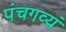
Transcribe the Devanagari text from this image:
पंचगव्यं